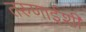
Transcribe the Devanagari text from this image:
तरुणाईशी